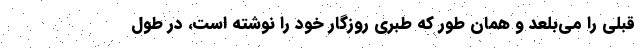
قبلی را می‌بلعد و همان طور که طبری روزگار خود را نوشته است، در طول